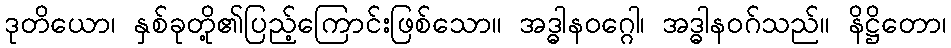
ဒုတိယော၊ နှစ်ခုတို့၏ပြည့်ကြောင်းဖြစ်သော။ အဒ္ဓါနဝဂ္ဂေါ၊ အဒ္ဓါနဝဂ်သည်။ နိဋ္ဌိတော၊